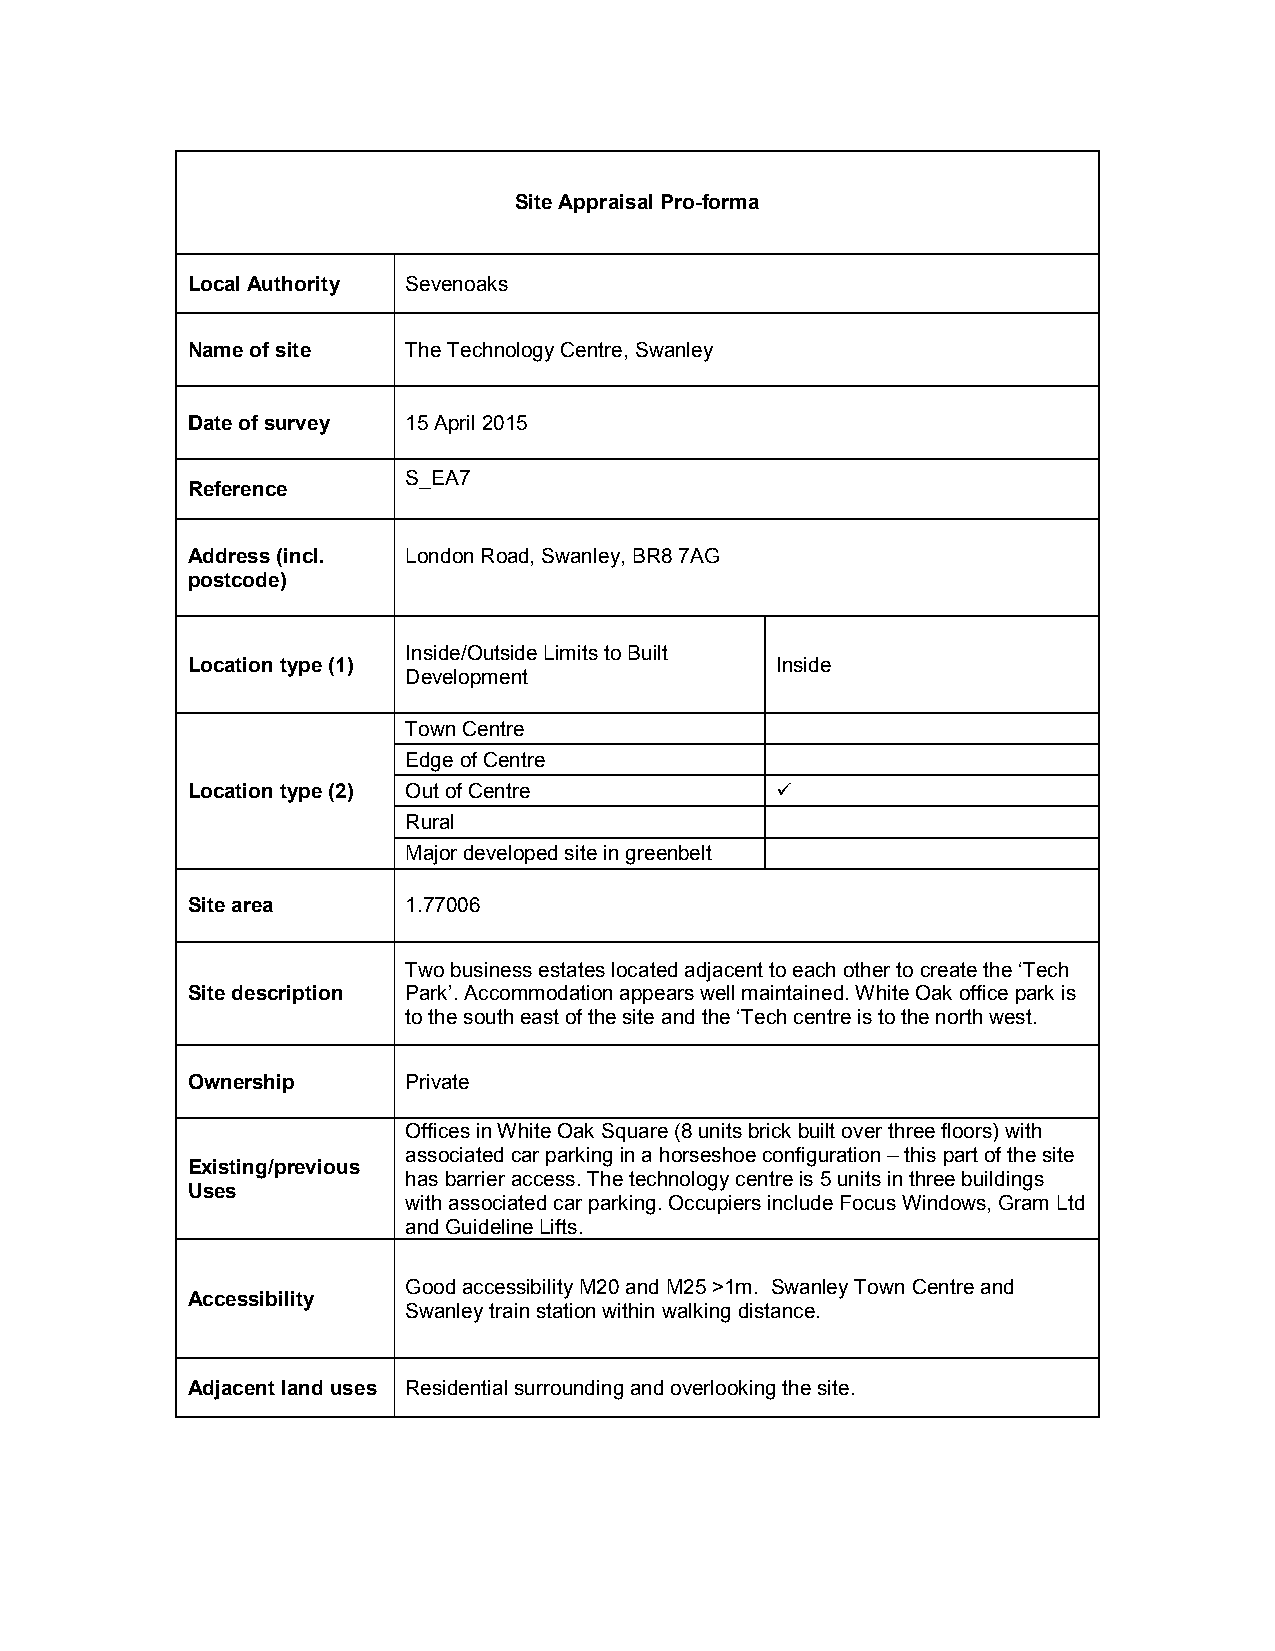
Site Appraisal Pro-forma
 Local Authority Sevenoaks
 Name of site   The Technology Centre, Swanley
 Date of survey 15 April 2015
 S_EA7
 Reference
 Address (incl. London Road, Swanley, BR8 7AG
 postcode)
 Inside/Outside Limits to Built
 Location type (1)                      Inside
 Development
 Town Centre
 Edge of Centre
 Location type (2) Out of Centre        
 Rural
 Major developed site in greenbelt
 Site area      1.77006
 Two business estates located adjacent to each other to create the ‘Tech
 Site description Park’. Accommodation appears well maintained. White Oak office park is
 to the south east of the site and the ‘Tech centre is to the north west.
 Ownership      Private
 Offices in White Oak Square (8 units brick built over three floors) with
 associated car parking in a horseshoe configuration – this part of the site
 Existing/previous
 has barrier access. The technology centre is 5 units in three buildings
 Uses
 with associated car parking. Occupiers include Focus Windows, Gram Ltd
 and Guideline Lifts.
 Good accessibility M20 and M25 >1m. Swanley Town Centre and
 Accessibility
 Swanley train station within walking distance.
 Adjacent land uses Residential surrounding and overlooking the site.